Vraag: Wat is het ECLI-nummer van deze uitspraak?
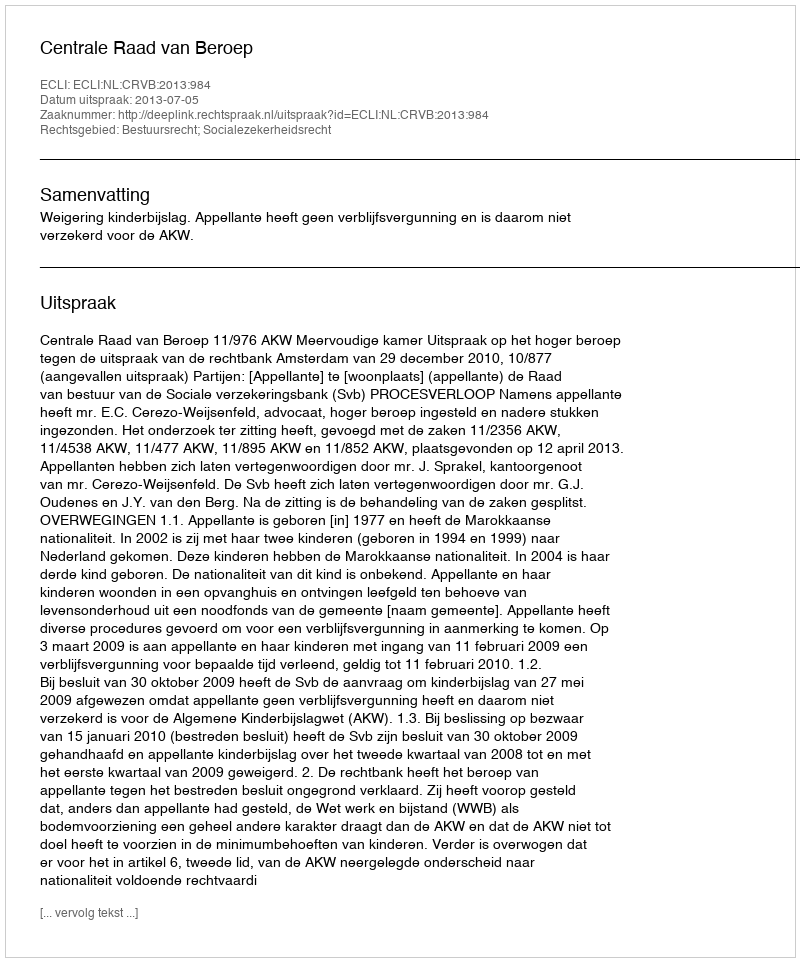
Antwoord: ECLI:NL:CRVB:2013:984